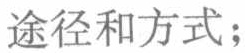
途径和方式；